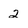
Character: 2